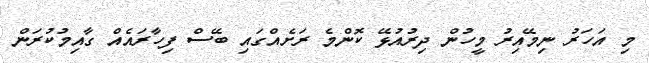
މި އަހަރު ނިމޭއިރު މީހުން ދިރުއުޅޭ ކޮންމެ ރަށެއްގައި ބޭސް ފިހާރައެއް ގާއިމުކުރަން